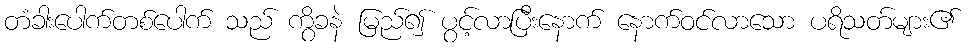
တံခါးပေါက်တစ်ပေါက် သည် ကွိခနဲ မြည်၍ ပွင့်လာပြီးနောက် နောက်ဝင်လာသော ပရိသတ်များ၏